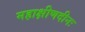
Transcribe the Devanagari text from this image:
महाक्षीणदीनः